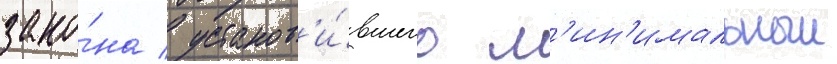
зако́на / установ'и́вшего м'ин'имальныи